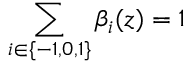
\sum _ { i \in \{ - 1 , 0 , 1 \} } \beta _ { i } ( z ) = 1